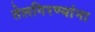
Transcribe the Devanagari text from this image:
तेलगिरण्यांना